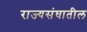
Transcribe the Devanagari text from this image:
राज्यसंघातील